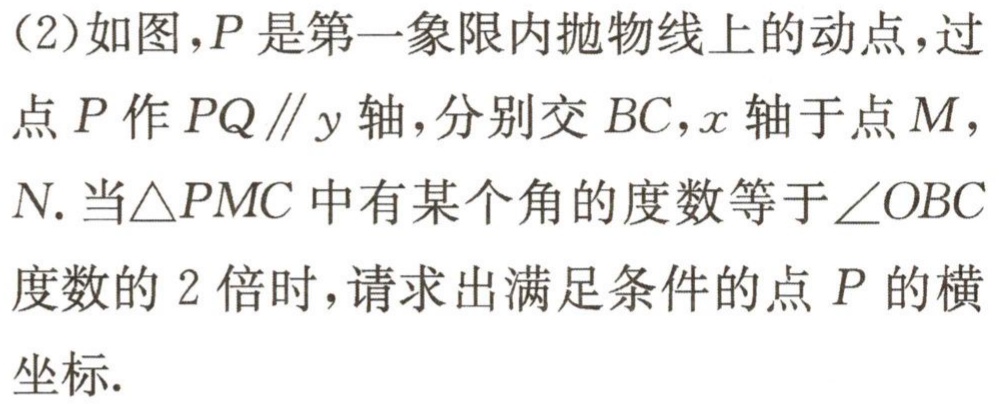
（2）如图，\(P\)是第一象限内抛物线上的动点，过点\(P\)作\(PQ\parallel y\)轴，分别交\(BC\)，\(x\)轴于点\(M\)，\(N\). 当\(\triangle PMC\)中有某个角的度数等于\(\angle OBC\)度数的\(2\)倍时，请求出满足条件的点\(P\)的横坐标.